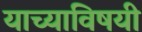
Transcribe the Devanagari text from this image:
याच्याविषयी